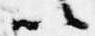
以